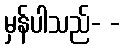
မှန်ပါသည်- -